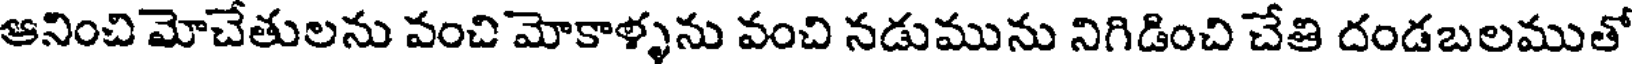
ఆనించి మోచేతులను వంచి మోకాళ్ళను వంచి నడుమును నిగిడించి చేతి దండబలముతో